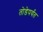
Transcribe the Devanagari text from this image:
तोडेपर्यंत